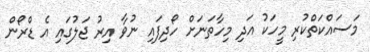
މަސައްކަތްކުރި މީހަކު އަދި މިހާތަނަށް ހޯދިފައި ނުވާ އިރު ޖަލުގައި އެ ޑްރޯން